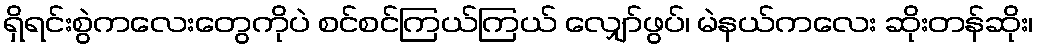
ရှိရင်းစွဲကလေးတွေကိုပဲ စင်စင်ကြယ်ကြယ် လျှော်ဖွပ်၊ မဲနယ်ကလေး ဆိုးတန်ဆိုး၊